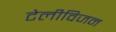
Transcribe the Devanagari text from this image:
टेलीविजन